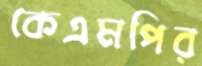
কেএমপির